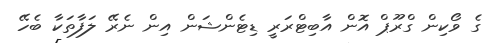
ގެ ވޯކިން ގްރޫޕް އޮން އާބިޓްރަރީ ޑިޓެންޝަން އިން ނެރޭ ލަފާތަކާ ބެހޭ